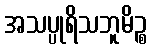
အသပ္ပုရိသဘူမိဉ္စ